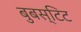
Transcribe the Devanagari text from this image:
बुबस्टिट